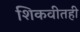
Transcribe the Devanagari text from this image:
शिकवीतही